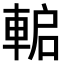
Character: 𨌋